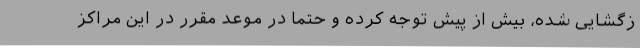
زگشایی شده، بیش از پیش توجه کرده و حتما در موعد مقرر در این مراکز